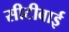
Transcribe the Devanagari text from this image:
सीटीवाई